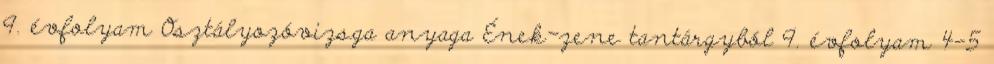
9. évfolyam Osztályozóvizsga anyaga Ének-zene tantárgyból 9. évfolyam 4-5